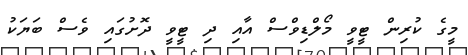
މީގެ ކުރިން ޓީވީ މޯލްޑިވްސް އާއި ދި ޓީވީ ދޮށުގައި ވެސް ބަޔަކު